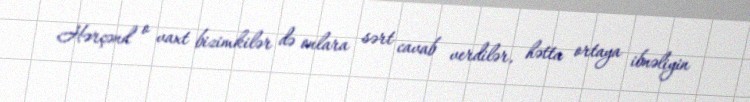
Hərçənd o vaxt bizimkilər də onlara sərt cavab verdilər, hətta ortaya ibnəliyin